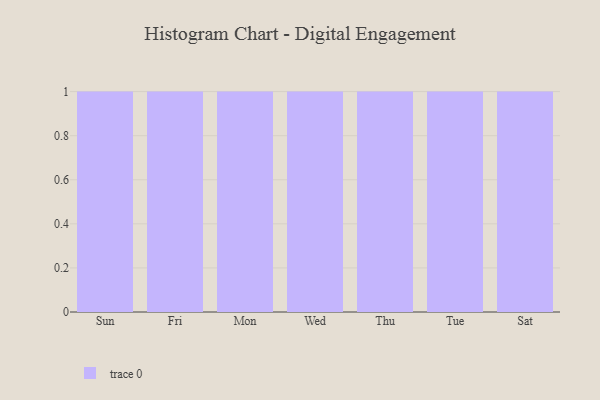
{"axis": {"x": "Day", "y": "Market Share (%)"}, "legend": [""], "data": [{"x": "Sun", "y": 59, "type": ""}, {"x": "Fri", "y": 89, "type": ""}, {"x": "Mon", "y": 41, "type": ""}, {"x": "Wed", "y": 37, "type": ""}, {"x": "Thu", "y": 94, "type": ""}, {"x": "Tue", "y": 20, "type": ""}, {"x": "Sat", "y": 60, "type": ""}]}